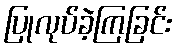
ပြုလုပ်ခဲ့ကြခြင်း